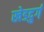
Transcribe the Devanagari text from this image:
खेडदुर्ग